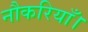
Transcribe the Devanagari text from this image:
नौकरियाँ।